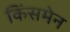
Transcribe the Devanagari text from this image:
किंसमेन